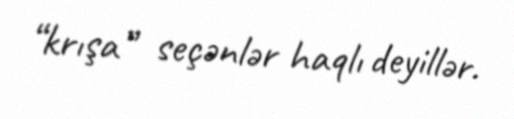
“krışa” seçənlər haqlı deyillər.